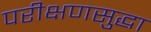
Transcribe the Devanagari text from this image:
परीक्षणसुद्धा